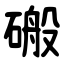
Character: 䃑